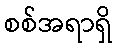
စစ်အရာရှိ